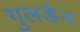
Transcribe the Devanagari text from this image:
गुलडैन